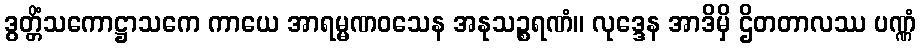
ဒွတ္တိံသကောဋ္ဌာသကေ ကာယေ အာရမ္မဏဝသေန အနုသဉ္စရဏံ။ လုဒ္ဒေန အာဒိမှိ ဌိတတာလဿ ပဏ္ဏံ